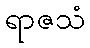
ရာဇသံ